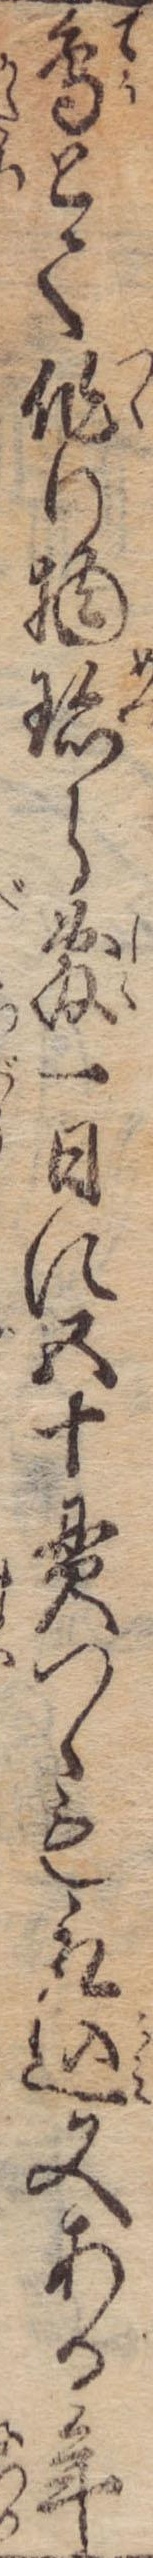
鳥とて作り物珍ら敷一日に五十貫つゝも取込又ある年